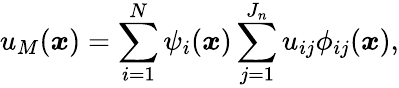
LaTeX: u_{M}(\boldsymbol{x})=\sum_{i=1}^{N}\psi_{i}(\boldsymbol{x})\sum_{j=1}^{J_{n}}u_{ij}\phi_{ij}(\boldsymbol{x}),